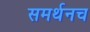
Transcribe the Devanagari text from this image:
समर्थनच